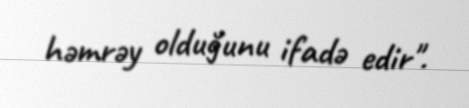
həmrəy olduğunu ifadə edir".